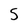
Character: 5